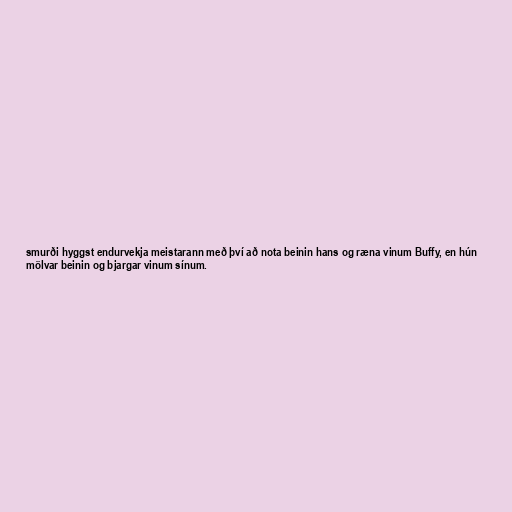
smurði hyggst endurvekja meistarann með því að nota beinin hans og ræna vinum Buffy, en hún
mölvar beinin og bjargar vinum sínum.